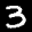
Label: 3